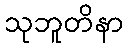
သုဘူတိနာ